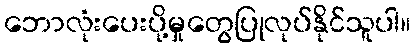
ဘောလုံးပေးပို့မှုတွေပြုလုပ်နိုင်သူပါ။